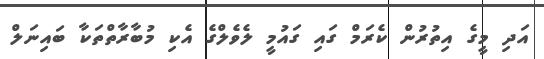
އަދި މީގެ އިތުރުން ކެރަމް ގައި ގައުމީ ލެވެލްގެ އެކި މުބާރާތްތަކާ ބައިނަލް